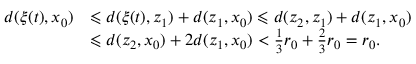
\begin{array} { r l } { d ( \xi ( t ) , x _ { 0 } ) } & { \leqslant d ( \xi ( t ) , z _ { 1 } ) + d ( z _ { 1 } , x _ { 0 } ) \leqslant d ( z _ { 2 } , z _ { 1 } ) + d ( z _ { 1 } , x _ { 0 } ) } \\ & { \leqslant d ( z _ { 2 } , x _ { 0 } ) + 2 d ( z _ { 1 } , x _ { 0 } ) < \frac { 1 } { 3 } r _ { 0 } + \frac { 2 } { 3 } r _ { 0 } = r _ { 0 } . } \end{array}